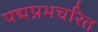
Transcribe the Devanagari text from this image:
पद्मप्रभचरित